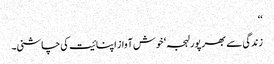
‘‘
زندگی سے بھرپور لہجہ ‘ خوش آواز اپنائیت کی چاشنی۔